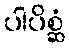
ပါပိစ္ဆံ